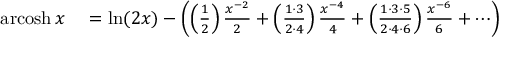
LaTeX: \begin{array} { r l } { \operatorname { a r c o s h } x } & { { } = \ln ( 2 x ) - \left( \left( { \frac { 1 } { 2 } } \right) { \frac { x ^ { - 2 } } { 2 } } + \left( { \frac { 1 \cdot 3 } { 2 \cdot 4 } } \right) { \frac { x ^ { - 4 } } { 4 } } + \left( { \frac { 1 \cdot 3 \cdot 5 } { 2 \cdot 4 \cdot 6 } } \right) { \frac { x ^ { - 6 } } { 6 } } + \cdots \right) } \end{array}